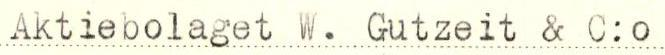
Aktiebolaget W. Gutzeit & C:o